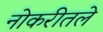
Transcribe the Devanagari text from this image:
नोकरीतले